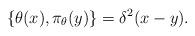
LaTeX: \begin{align*}\{\theta(x), \pi_{\theta}(y)\}=\delta^{2}(x-y).\end{align*}